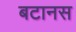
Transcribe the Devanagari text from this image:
बटानस